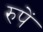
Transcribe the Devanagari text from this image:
रुपें